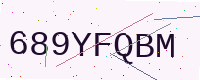
Text: 689YFQBM